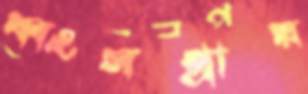
ধ্বংসপ্রায়